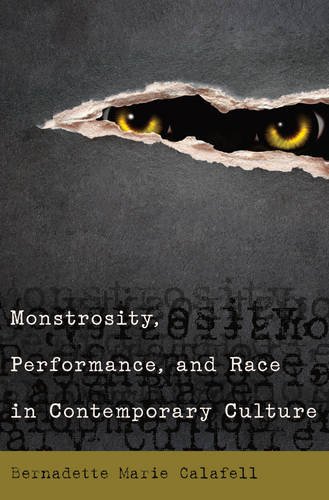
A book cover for Monstrosity, Performance, and Race in Contemporary Culture; Bernadette Marie Calafell; Arts & Photography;